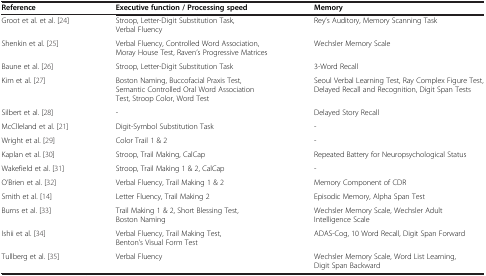
<table><thead><tr><td><b>Reference</b></td><td><b>Executive function / Processing speed</b></td><td><b>Memory</b></td></tr></thead><tbody><tr><td>Groot et al. et al. [24]</td><td>Stroop, Letter-Digit Substitution Task, Verbal Fluency</td><td>Rey’s Auditory, Memory Scanning Task</td></tr><tr><td>Shenkin et al. [25]</td><td>Verbal Fluency, Controlled Word Association, Moray House Test, Raven’s Progressive Matrices</td><td>Wechsler Memory Scale</td></tr><tr><td>Baune et al. [26]</td><td>Stroop, Letter-Digit Substitution Task</td><td>3-Word Recall</td></tr><tr><td>Kim et al. [27]</td><td>Boston Naming, Buccofacial Praxis Test, Semantic Controlled Oral Word Association Test, Stroop Color, Word Test</td><td>Seoul Verbal Learning Test, Ray Complex Figure Test, Delayed Recall and Recognition, Digit Span Tests</td></tr><tr><td>Silbert et al. [28]</td><td>-</td><td>Delayed Story Recall</td></tr><tr><td>McClleland et al. [21]</td><td>Digit-Symbol Substitution Task</td><td>-</td></tr><tr><td>Wright et al. [29]</td><td>Color Trail 1 &amp; 2</td><td>-</td></tr><tr><td>Kaplan et al. [30]</td><td>Stroop, Trail Making, CalCap</td><td>Repeated Battery for Neuropsychological Status</td></tr><tr><td>Wakefield et al. [31]</td><td>Stroop, Trail Making 1 &amp; 2, CalCap</td><td>-</td></tr><tr><td>O’Brien et al. [32]</td><td>Verbal Fluency, Trail Making 1 &amp; 2</td><td>Memory Component of CDR</td></tr><tr><td>Smith et al. [14]</td><td>Letter Fluency, Trail Making 2</td><td>Episodic Memory, Alpha Span Test</td></tr><tr><td>Burns et al. [33]</td><td>Trail Making 1 &amp; 2, Short Blessing Test, Boston Naming</td><td>Wechsler Memory Scale, Wechsler Adult Intelligence Scale</td></tr><tr><td>Ishii et al. [34]</td><td>Verbal Fluency, Trail Making Test, Benton’s Visual Form Test</td><td>ADAS-Cog, 10 Word Recall, Digit Span Forward</td></tr><tr><td>Tullberg et al. [35]</td><td>Verbal Fluency</td><td>Wechsler Memory Scale, Word List Learning, Digit Span Backward</td></tr></tbody></table>